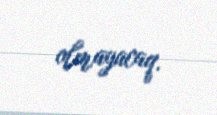
olmayacaq.